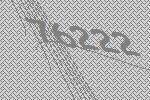
76222